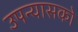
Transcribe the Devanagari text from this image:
उपन्यासको